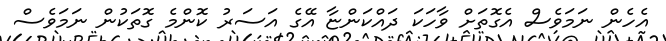
އެހެން ނަމަވެސް އެގޮތަށް ވާހަކަ ދައްކަންޏާ އޭގެ އަސަރު ކޮންމެ ގޮތަކުން ނަމަވެސް